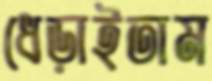
ধেড়াইতাম